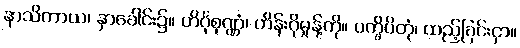
နာသိကာယ၊ နှာခေါင်း၌။ ဟိင်္ဂုစုဏ္ဏံ၊ ဟိန်းဂိုမှုန့်ကို။ ပက္ခိပိတုံ၊ ထည့်ခြင်းငှာ။